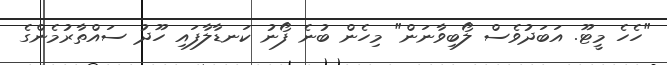
"ހެހެ މީޓޫ. އަބަދުވެސް ލޯބިވާނަން" މިހެން ބުނެ ފޯނު ކަނޑާލާފައި ހޫދު ސައްތާރުމެންގެ